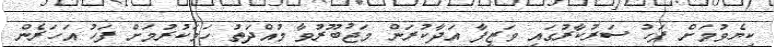
ކިޔެވުމަށް ފަހު ސަރުކާރުގައި ވަޒީފާ އަދާކުރަން މަޖުބޫރުވާ މުއްދަތު ހަމަކުރުމަށް ފަހު އަހަރެން